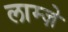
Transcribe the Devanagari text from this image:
लाम्ज़े